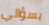
بسؤالي